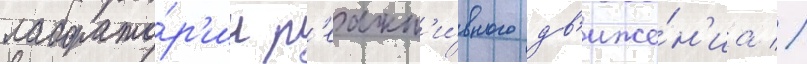
лаборато́р'ии р'еакт'и́вного дв'иже́н'иа //